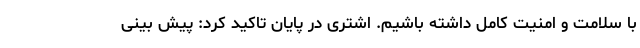
با سلامت و امنیت کامل داشته باشیم. اشتری در پایان تاکید کرد: پیش بینی